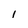
Character: l